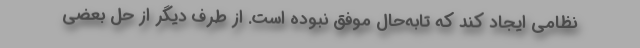
نظامی ایجاد کند که تا‌به‌حال موفق نبوده است. از طرف دیگر از حل بعضی